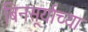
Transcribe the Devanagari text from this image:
बिनसूर्याच्या